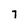
Character: 7